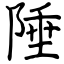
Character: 陲